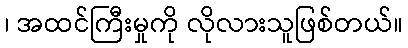
၊ အထင်ကြီးမှုကို လိုလားသူဖြစ်တယ်။